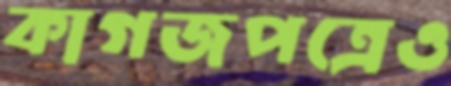
কাগজপত্রেও